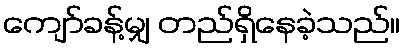
ကျော်ခန့်မျှ တည်ရှိနေခဲ့သည်။